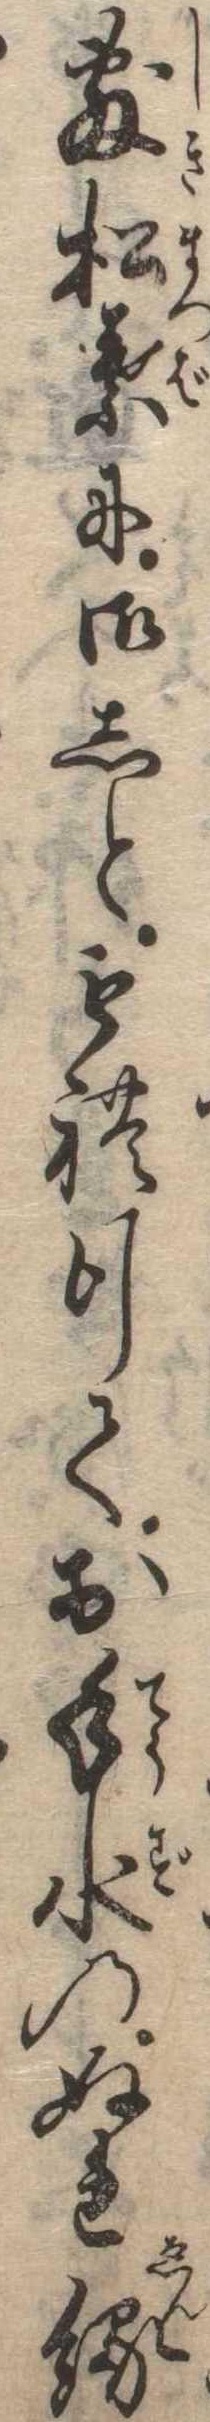
敷松葉に御しともれ行てお手水のぬれ縁